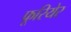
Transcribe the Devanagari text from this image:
फूरियेर